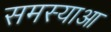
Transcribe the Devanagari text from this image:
समस्याआ